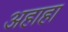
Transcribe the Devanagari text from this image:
अहाहा